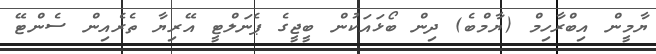
ޔާމީން އިބްރާހިމް (ޔާމްބެ) ދިން ބޯޅައަކުން ބީޖީގެ ޕެނަލްޓީ އޭރިޔާ ތެރެއިން ސެންޓޭ